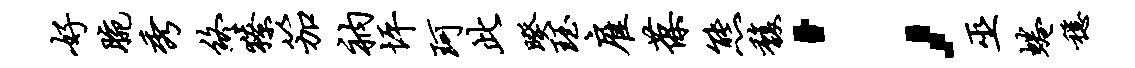
好腕秀终獠笳衲坪珂此暌珏雇葆熊馥；巫蜷稳